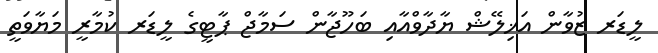
ލީޑަރ ޒުވާން އަޚިލޭޝް ޔާދާވްއާއި ބަހޫޖާން ސަމާޖް ޕާޓީގެ ލީޑަރ ކުމާރީ މަޔާވަތީ